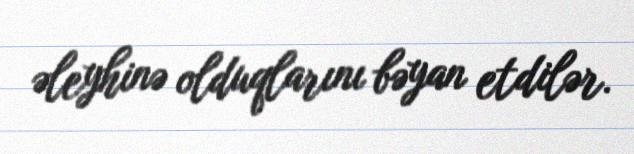
əleyhinə olduqlarını bəyan etdilər.